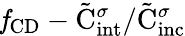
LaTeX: \mathit{f}_{\mathrm{{CD}}}-{\tilde{\mathrm{{C}}}_{\mathrm{{int}}}^{\sigma}}/{\tilde{\mathrm{{C}}}_{\mathrm{{inc}}}^{\sigma}}